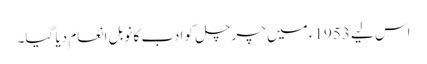
اس لیے 1953ء میں چرچل کو ادب کا نوبل انعام دیا گیا۔